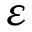
\varepsilon